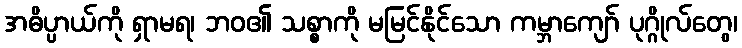
အဓိပ္ပာယ်ကို ရှာမရ၊ ဘဝ၏ သစ္စာကို မမြင်နိုင်သော ကမ္ဘာကျော် ပုဂ္ဂိုလ်တွေ၊